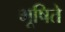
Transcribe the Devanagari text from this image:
भूषिते